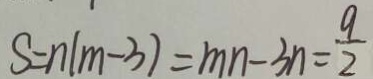
S = n ( m - 3 ) = m n - 3 n = \frac { 9 } { 2 }